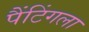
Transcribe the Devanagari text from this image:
पैंटिंगला